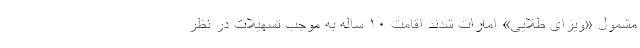
مشمول «ویزای طلایی» امارات شدند اقامت ۱۰ ساله به موجب تسهیلات در نظر